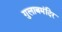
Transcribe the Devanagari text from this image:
गुलाबमंदिर